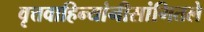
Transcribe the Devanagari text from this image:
वृत्तवाहिन्यांनीसांगितले